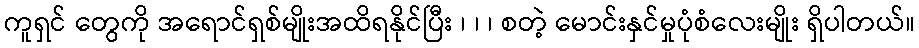
ကူရှင် တွေကို အရောင်ရှစ်မျိုးအထိရနိုင်ပြီး ၊ ၊ ၊ စတဲ့ မောင်းနှင်မှုပုံစံလေးမျိုး ရှိပါတယ်။